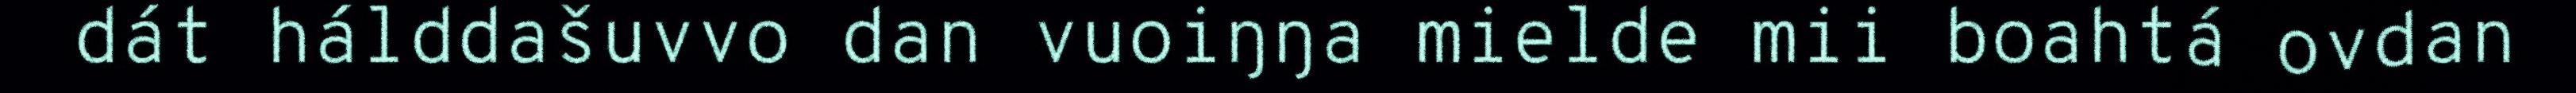
dát hálddašuvvo dan vuoiŋŋa mielde mii boahtá ovdan